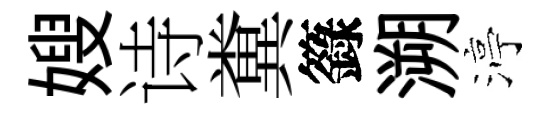
嫂诗糞籙溯渟